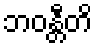
ဘဝန္တီတိ